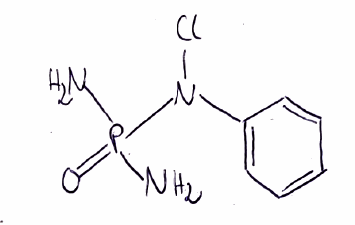
Simplified molecular-input line-entry system (SMILES) notation of the given molecule:
C1=CC=C(C=C1)N(P(=O)(N)N)Cl